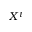
X ^ { t }